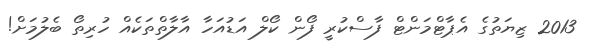
2013 ޒިޔަތުގެ އެޕާޓްމަންޓް ފާސްކުރީ ފޯން ކޯލް އަޑުއަހާ އާލާތްތަކެއް ހުރިތޯ ބެލުމަށް!